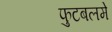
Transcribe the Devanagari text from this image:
फुटबलमे